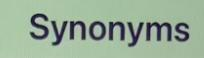
Synonyms